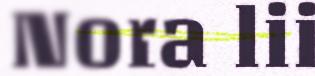
Nora lii